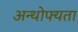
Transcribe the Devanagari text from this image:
अन्थोफ्यता